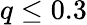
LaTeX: q\leq 0.3